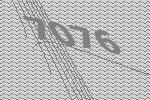
7076